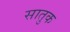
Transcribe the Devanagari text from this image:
सातुक